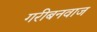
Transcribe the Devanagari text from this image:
गरीबनवाज